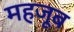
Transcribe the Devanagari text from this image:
महजूब